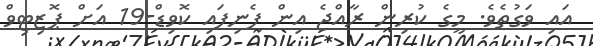
އައި ވަގުތެވެ. މީގެ ކުރިން ރާއްޖެ އިން ފެނިފައި ކޮވިޑް-19 އަށް ޕޮޒިޓިވް